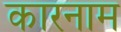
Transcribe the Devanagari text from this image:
कारनाम